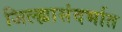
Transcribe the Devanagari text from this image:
जिल्ह्यासंदर्भात